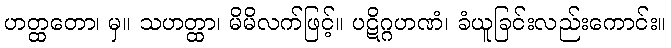
ဟတ္ထတော၊ မှ။ သဟတ္ထာ၊ မိမိလက်ဖြင့်။ ပဋိဂ္ဂဟဏံ၊ ခံယူခြင်းလည်းကောင်း။